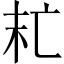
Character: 𠅍